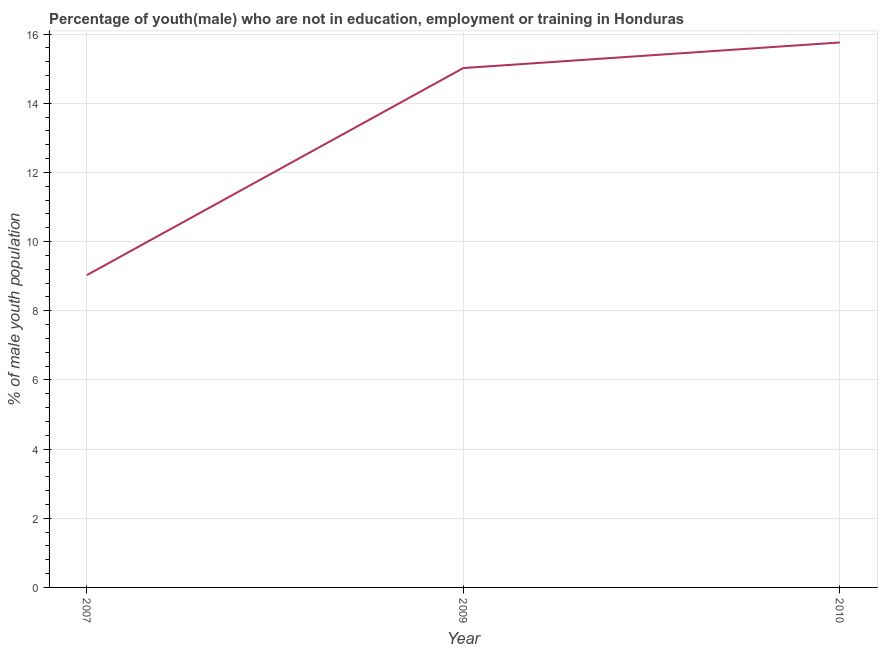
| Year | Unemployed(male) |
 | --- | --- |
 | 2007 | 9.03 |
 | 2009 | 15 |
 | 2010 | 15.8 |